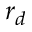
r _ { d }